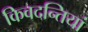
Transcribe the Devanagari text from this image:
किवदन्तियां